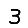
Digit: 3